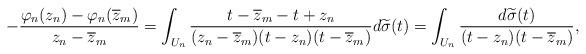
LaTeX: \begin{align*} -\frac{\varphi_n(z_n) - \varphi_n(\overline z_m)}{z_n-\overline z_m} =\int_{U_n}\frac{t - \overline z_m - t + z_n} {(z_n-\overline z_m)(t-z_n)(t-\overline z_m)}d\widetilde\sigma(t) =\int_{U_n} \frac{d\widetilde\sigma(t)}{(t-z_n)(t-\overline z_m)}, \end{align*}